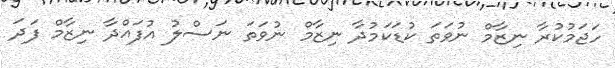
ހަޖަމުކުރާ ނިޒާމް ނުވަތަ ކުޑަކަމުދާ ނިޒާމް ނުވަތަ ނަސްލު އުފައްދާ ނިޒާމް ފަދަ